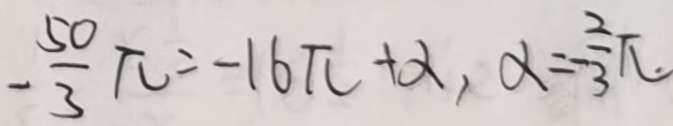
- \frac { 5 0 } { 3 } \pi = - 1 6 \pi + \alpha , \alpha = - \frac { 2 } { 3 } \pi